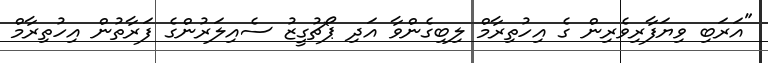
"އަރަބި ވިޔަފާރިވެރިން ގެ އިހުތިރާމް ލިބިގެންވާ އަދި ޕޯޗުގީޒު ސެއިލަރުންގެ ފަރާތުން އިހުތިރާމް